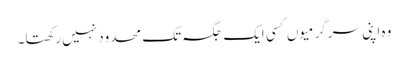
وہ اپنی سرگرمیوں کسی ایک جگہ تک محدود نہیں رکھتا۔